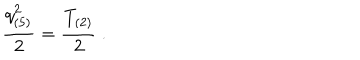
LaTeX: { \frac { q _ { ( 5 ) } ^ { 2 } } { 2 } } = { \frac { T _ { ( 2 ) } } { 2 } } \ .